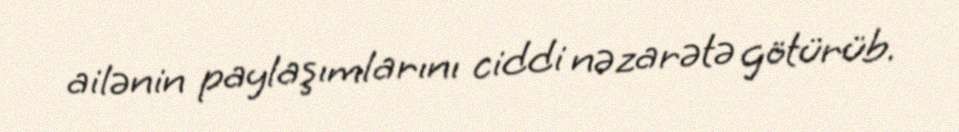
ailənin paylaşımlarını ciddi nəzarətə götürüb.